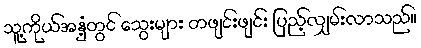
သူ့ကိုယ်အနှံ့တွင် သွေးများ တဖျင်းဖျင်း ပြည့်လျှမ်းလာသည်။